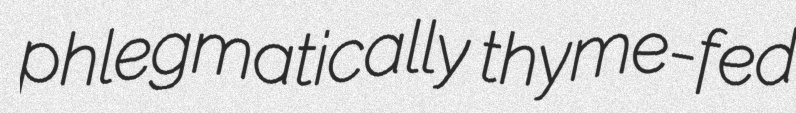
phlegmatically thyme-fed